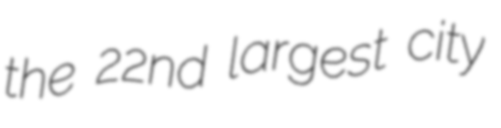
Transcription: the 22nd largest city